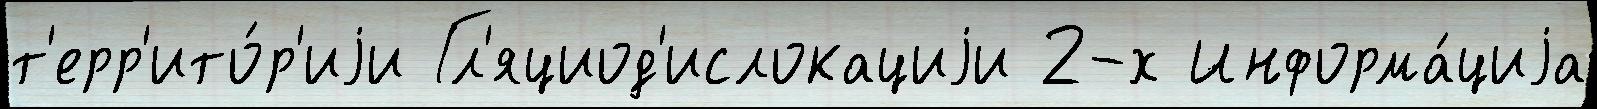
т'ерр'ито́р'иjи Гл'яциод'ислокациjи 2-х Информа́циjа